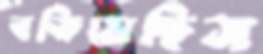
বকিয়েছিস